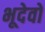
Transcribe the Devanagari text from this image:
भूदेवो